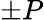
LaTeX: \pm P